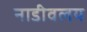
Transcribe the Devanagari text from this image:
नाडीवलय